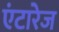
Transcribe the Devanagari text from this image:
एंटारेज